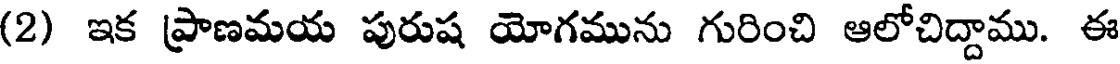
(2) ఇక ప్రాణమయ పురుష యోగమును గురించి ఆలోచిద్దాము. ఈ